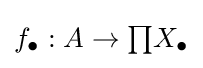
f_{\bullet }:A\to {\textstyle \prod }X_{\bullet }